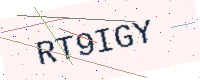
Text: RT9IGY